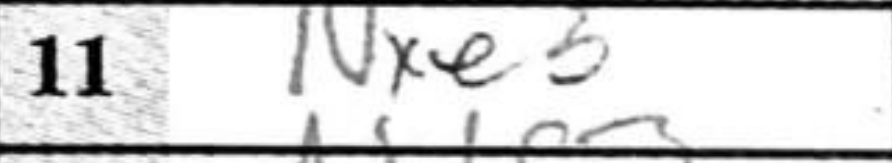
Transcription: Nxe5